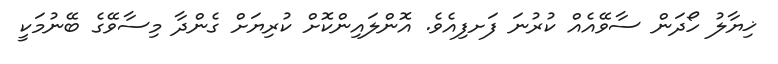
ޚިޔާލު ހޯދަން ސާވޭއެއް ކުރުނަ ފަށފިއެވެ. އޮންލައިންކޮށް ކުރިޔަށް ގެންދާ މިސާވޭގެ ބޭނުމަކީ